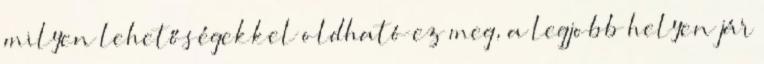
milyen lehetőségekkel oldható ez meg, a legjobb helyen jár